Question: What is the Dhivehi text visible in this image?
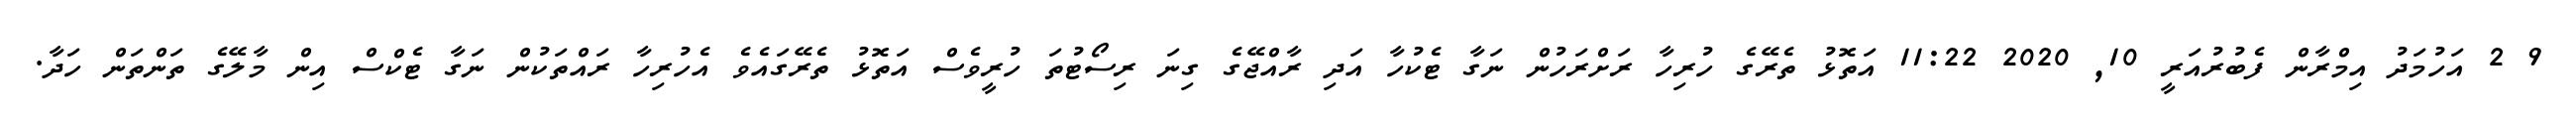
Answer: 9 2 އަހުމަދު އިމްރާން ފެބުރުއަރީ 10, 2020 11:22 އަތޮޅު ތެރޭގެ ހުރިހާ ރަށްރަހުން ނަގާ ޓެކުހާ އަދި ރާއްޖޭގެ ގިނަ ރިސޯޓުތަ ހުރީވެސް އަތޮޅު ތެރޭގައެވެ އެހުރިހާ ރައްތަކުން ނަގާ ޓެކްސް އިން މާލޭގެ ތަންތަން ހަދާ.